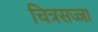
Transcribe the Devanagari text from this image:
चित्रसज्जा